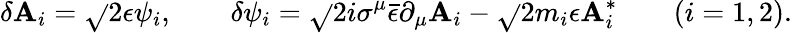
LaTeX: \delta\mathbf{A}_{i}=\sqrt{}{{2}}\epsilon\psi_{i},\qquad\delta\psi_{i}=\sqrt{}{{2}}i\sigma^{\mu}\bar{{\epsilon}}\partial_{\mu}\mathbf{A}_{i}-\sqrt{}{{2}}m_{i}\epsilon\mathbf{A}_{i}^{*}\qquad(i=1,2).